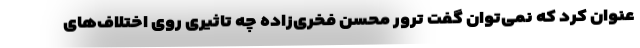
عنوان کرد که نمی‌توان گفت ترور محسن فخری‌زاده چه تاثیری روی اختلاف‌های